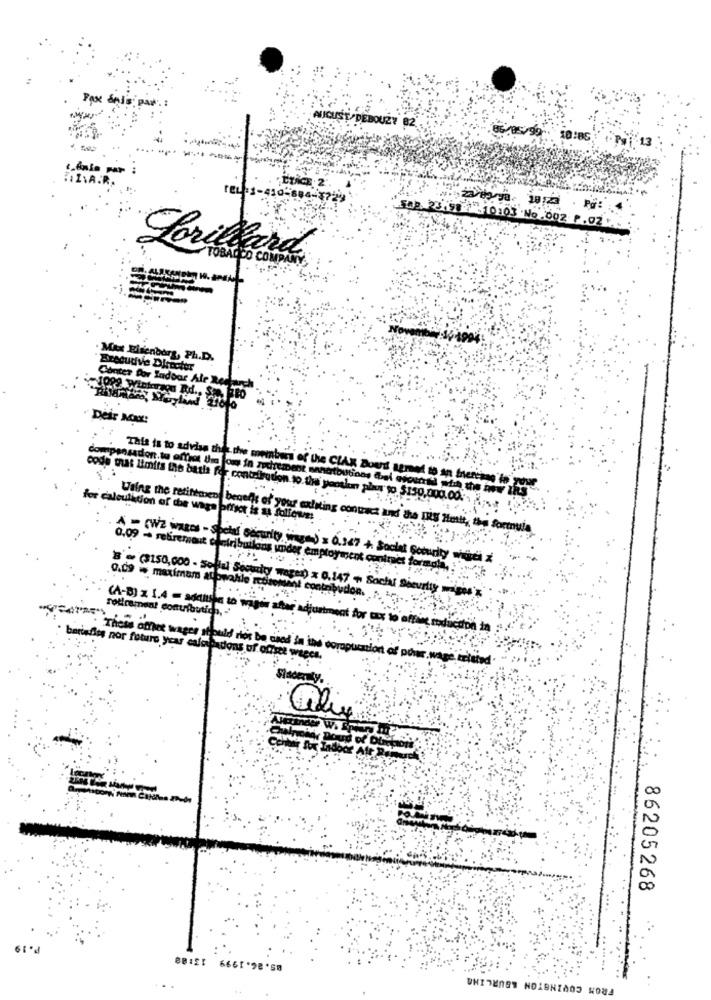
Pax di's. par .:
AUGUST
-13
ÉTAGE
På:
2.10103 .No .002 P.02.
Lorillard
TOBACCO CON
Max Eisenberg, Ph.D.
Executive Director
Conter Por Indoor Ale Rec
Deir Max:
compensador.tu offiat thia fou in zedrement
Abutions tel escu
This is to advise this. the members of the CIAK Doud tered to an fner-se io TONE
Waing the retirement bege
for calculation of the waga
code wat limits the batla for contefiretion to. the pension plans to $150,000.00. . ...
Zestt, the formula
A - (WZ ineos - Special Decurity
0,09 - rekremont
0.09 - maximam alowahle rtiset
Social
rodinament comuibutich, "
(A-B) z 1.4 = adauska to wagen
Them office wager it
tine induction
bariafiss nor futuro year cafebadons of offset weees.
ant of power wage istated
86205268
P.1